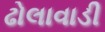
ઢોલાવાડી